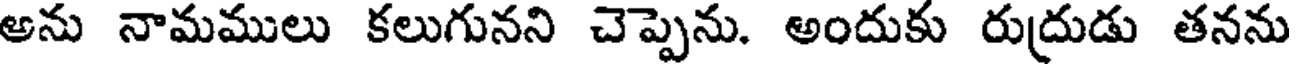
అను నామములు కలుగునని చెప్పెను. అందుకు రుద్రుడు తనను